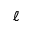
\ell